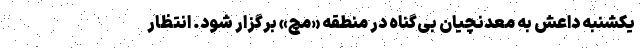
یکشنبه داعش به معدنچیان بی‌گناه در منطقه «مَچ» برگزار شود. انتظار